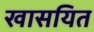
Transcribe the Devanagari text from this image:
खासयित